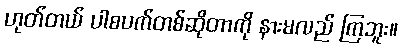
ဟုတ်တယ် ပါစပက်တစ်ဆိုတာကို နားမလည် ကြဘူး။